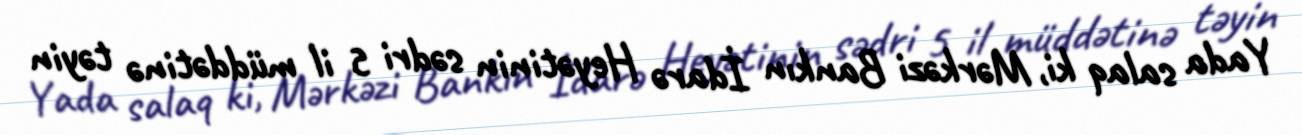
Yada salaq ki, Mərkəzi Bankın İdarə Heyətinin sədri 5 il müddətinə təyin